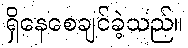
ရှိနေစေချင်ခဲ့သည်။